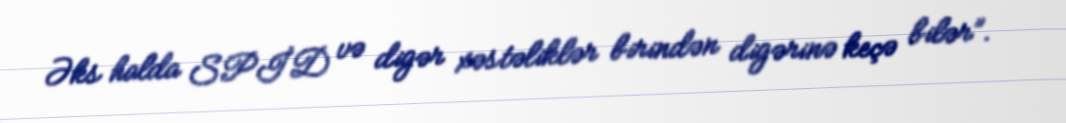
Əks halda SPİD və digər xəstəliklər birindən digərinə keçə bilər”.